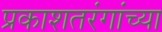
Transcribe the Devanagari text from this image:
प्रकाशतरंगांच्या